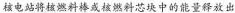
核电站将核燃料棒或核燃料芯块中的能量释放出